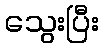
သွေးပြီး